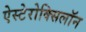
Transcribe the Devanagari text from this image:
ऐस्टेरोक्सिलॉन